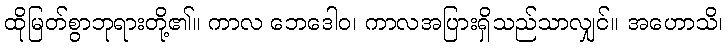
ထိုမြတ်စွာဘုရားတို့၏။ ကာလ ဘေဒေါဝ၊ ကာလအပြားရှိသည်သာလျှင်။ အဟောသိ၊